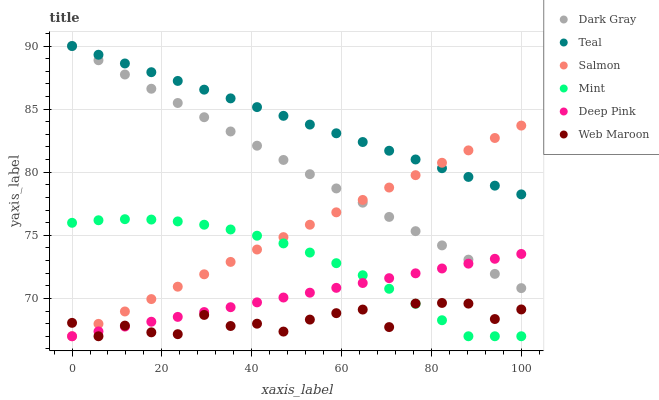
| xaxis_label | Dark Gray | Teal | Salmon | Mint | Deep Pink | Web Maroon |
 | --- | --- | --- | --- | --- | --- | --- |
 | 0 | 90 | 90 | 67 | 76 | 67 | 68.1 |
 | 5.88 | 88.9 | 89.3 | 68 | 76.2 | 67.4 | 67 |
 | 11.8 | 87.7 | 88.6 | 69 | 76.3 | 67.8 | 67.8 |
 | 17.6 | 86.6 | 87.9 | 69.9 | 76.2 | 68.2 | 67.3 |
 | 23.5 | 85.5 | 87.2 | 70.9 | 76.1 | 68.5 | 67.2 |
 | 29.4 | 84.4 | 86.5 | 71.9 | 75.8 | 68.9 | 68.7 |
 | 35.3 | 83.2 | 85.9 | 72.9 | 75.5 | 69.3 | 67.8 |
 | 41.2 | 82.1 | 85.2 | 73.9 | 75 | 69.7 | 68 |
 | 47.1 | 81 | 84.5 | 74.9 | 74.4 | 70.1 | 67.4 |
 | 52.9 | 79.8 | 83.8 | 75.8 | 73.6 | 70.5 | 68.3 |
 | 58.8 | 78.7 | 83.1 | 76.8 | 72.8 | 70.8 | 68.8 |
 | 64.7 | 77.6 | 82.4 | 77.8 | 71.8 | 71.2 | 69.1 |
 | 70.6 | 76.5 | 81.7 | 78.8 | 70.8 | 71.6 | 67.7 |
 | 76.5 | 75.3 | 81 | 79.8 | 69.6 | 72 | 69.6 |
 | 82.4 | 74.2 | 80.3 | 80.7 | 68.3 | 72.4 | 69.6 |
 | 88.2 | 73.1 | 79.6 | 81.7 | 67 | 72.8 | 69.6 |
 | 94.1 | 71.9 | 78.9 | 82.7 | 67 | 73.1 | 68.4 |
 | 100 | 70.8 | 78.2 | 83.7 | 67 | 73.5 | 69.1 |